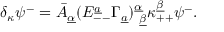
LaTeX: \delta _ { \kappa } \psi ^ { - } = \bar { A } _ { \underline { { \alpha } } } ( { \cal E } _ { -- } ^ { \underline { { a } } } \Gamma _ { \underline { { a } } } ) _ { ~ \underline { { \beta } } } ^ { \underline { { \alpha } } } \kappa _ { + + } ^ { \underline { { \beta } } } \psi ^ { - } .